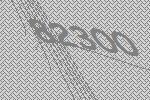
82300